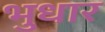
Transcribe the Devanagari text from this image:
भुधार